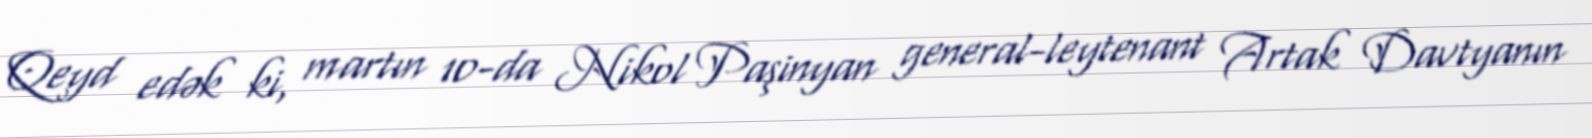
Qeyd edək ki, martın 10-da Nikol Paşinyan general-leytenant Artak Davtyanın